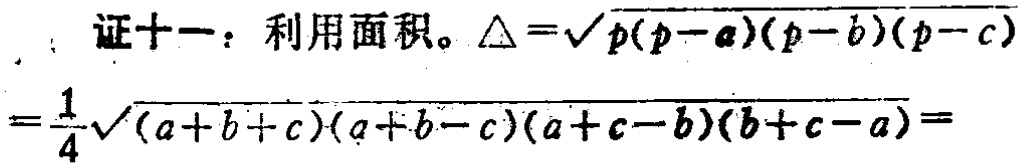
证十一：利用面积。$\triangle=\sqrt{p(p - a)(p - b)(p - c)}=\frac{1}{4}\sqrt{(a + b + c)(a + b - c)(a + c - b)(b + c - a)}=$